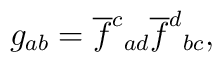
g_{ab} = \overline{f}^{c}{}_{ad} \overline{f}^{d}{}_{bc},